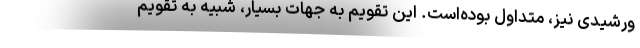
ورشیدی نیز، متداول بوده‌است. این تقویم به جهات بسیار، شبیه به تقویم